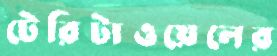
টেরিটাওয়েলের